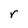
Character: r